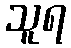
သူရ